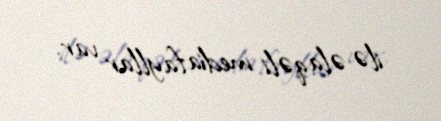
ilə əlaqəli mediafayllar var.